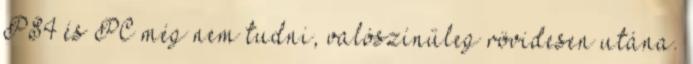
PS4 és PC még nem tudni, valószínűleg rövidesen utána.